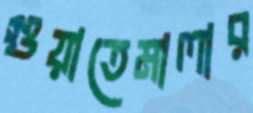
গুয়াতেমালার